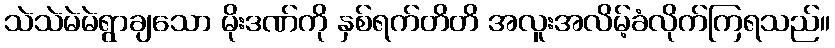
သဲသဲမဲမဲရွာချသော မိုးဒဏ်ကို နှစ်ရက်တိတိ အလူးအလိမ့်ခံလိုက်ကြရသည်။